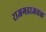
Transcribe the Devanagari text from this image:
राजगडाजवळ